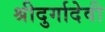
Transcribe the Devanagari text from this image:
श्रीदुर्गादेवी